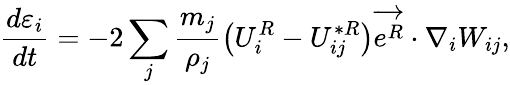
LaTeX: \frac{d\varepsilon_{i}}{dt}=-2\sum_{j}\frac{m_{j}}{\rho_{j}}\left(U_{i}^{R}-U_{ij}^{*R}\right)\overrightarrow{e^{R}}\cdot\nabla_{i}W_{ij},